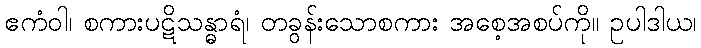
ဧကံဝါ၊ စကားပဋိသန္ဓာရံ၊ တခွန်းသောစကား အစေ့အစပ်ကို။ ဥပါဒါယ၊